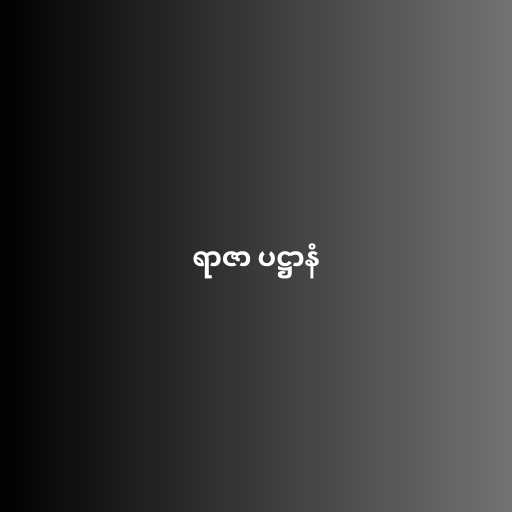
ရာဇာ ပဋ္ဌာနံ